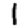
Digit: 1